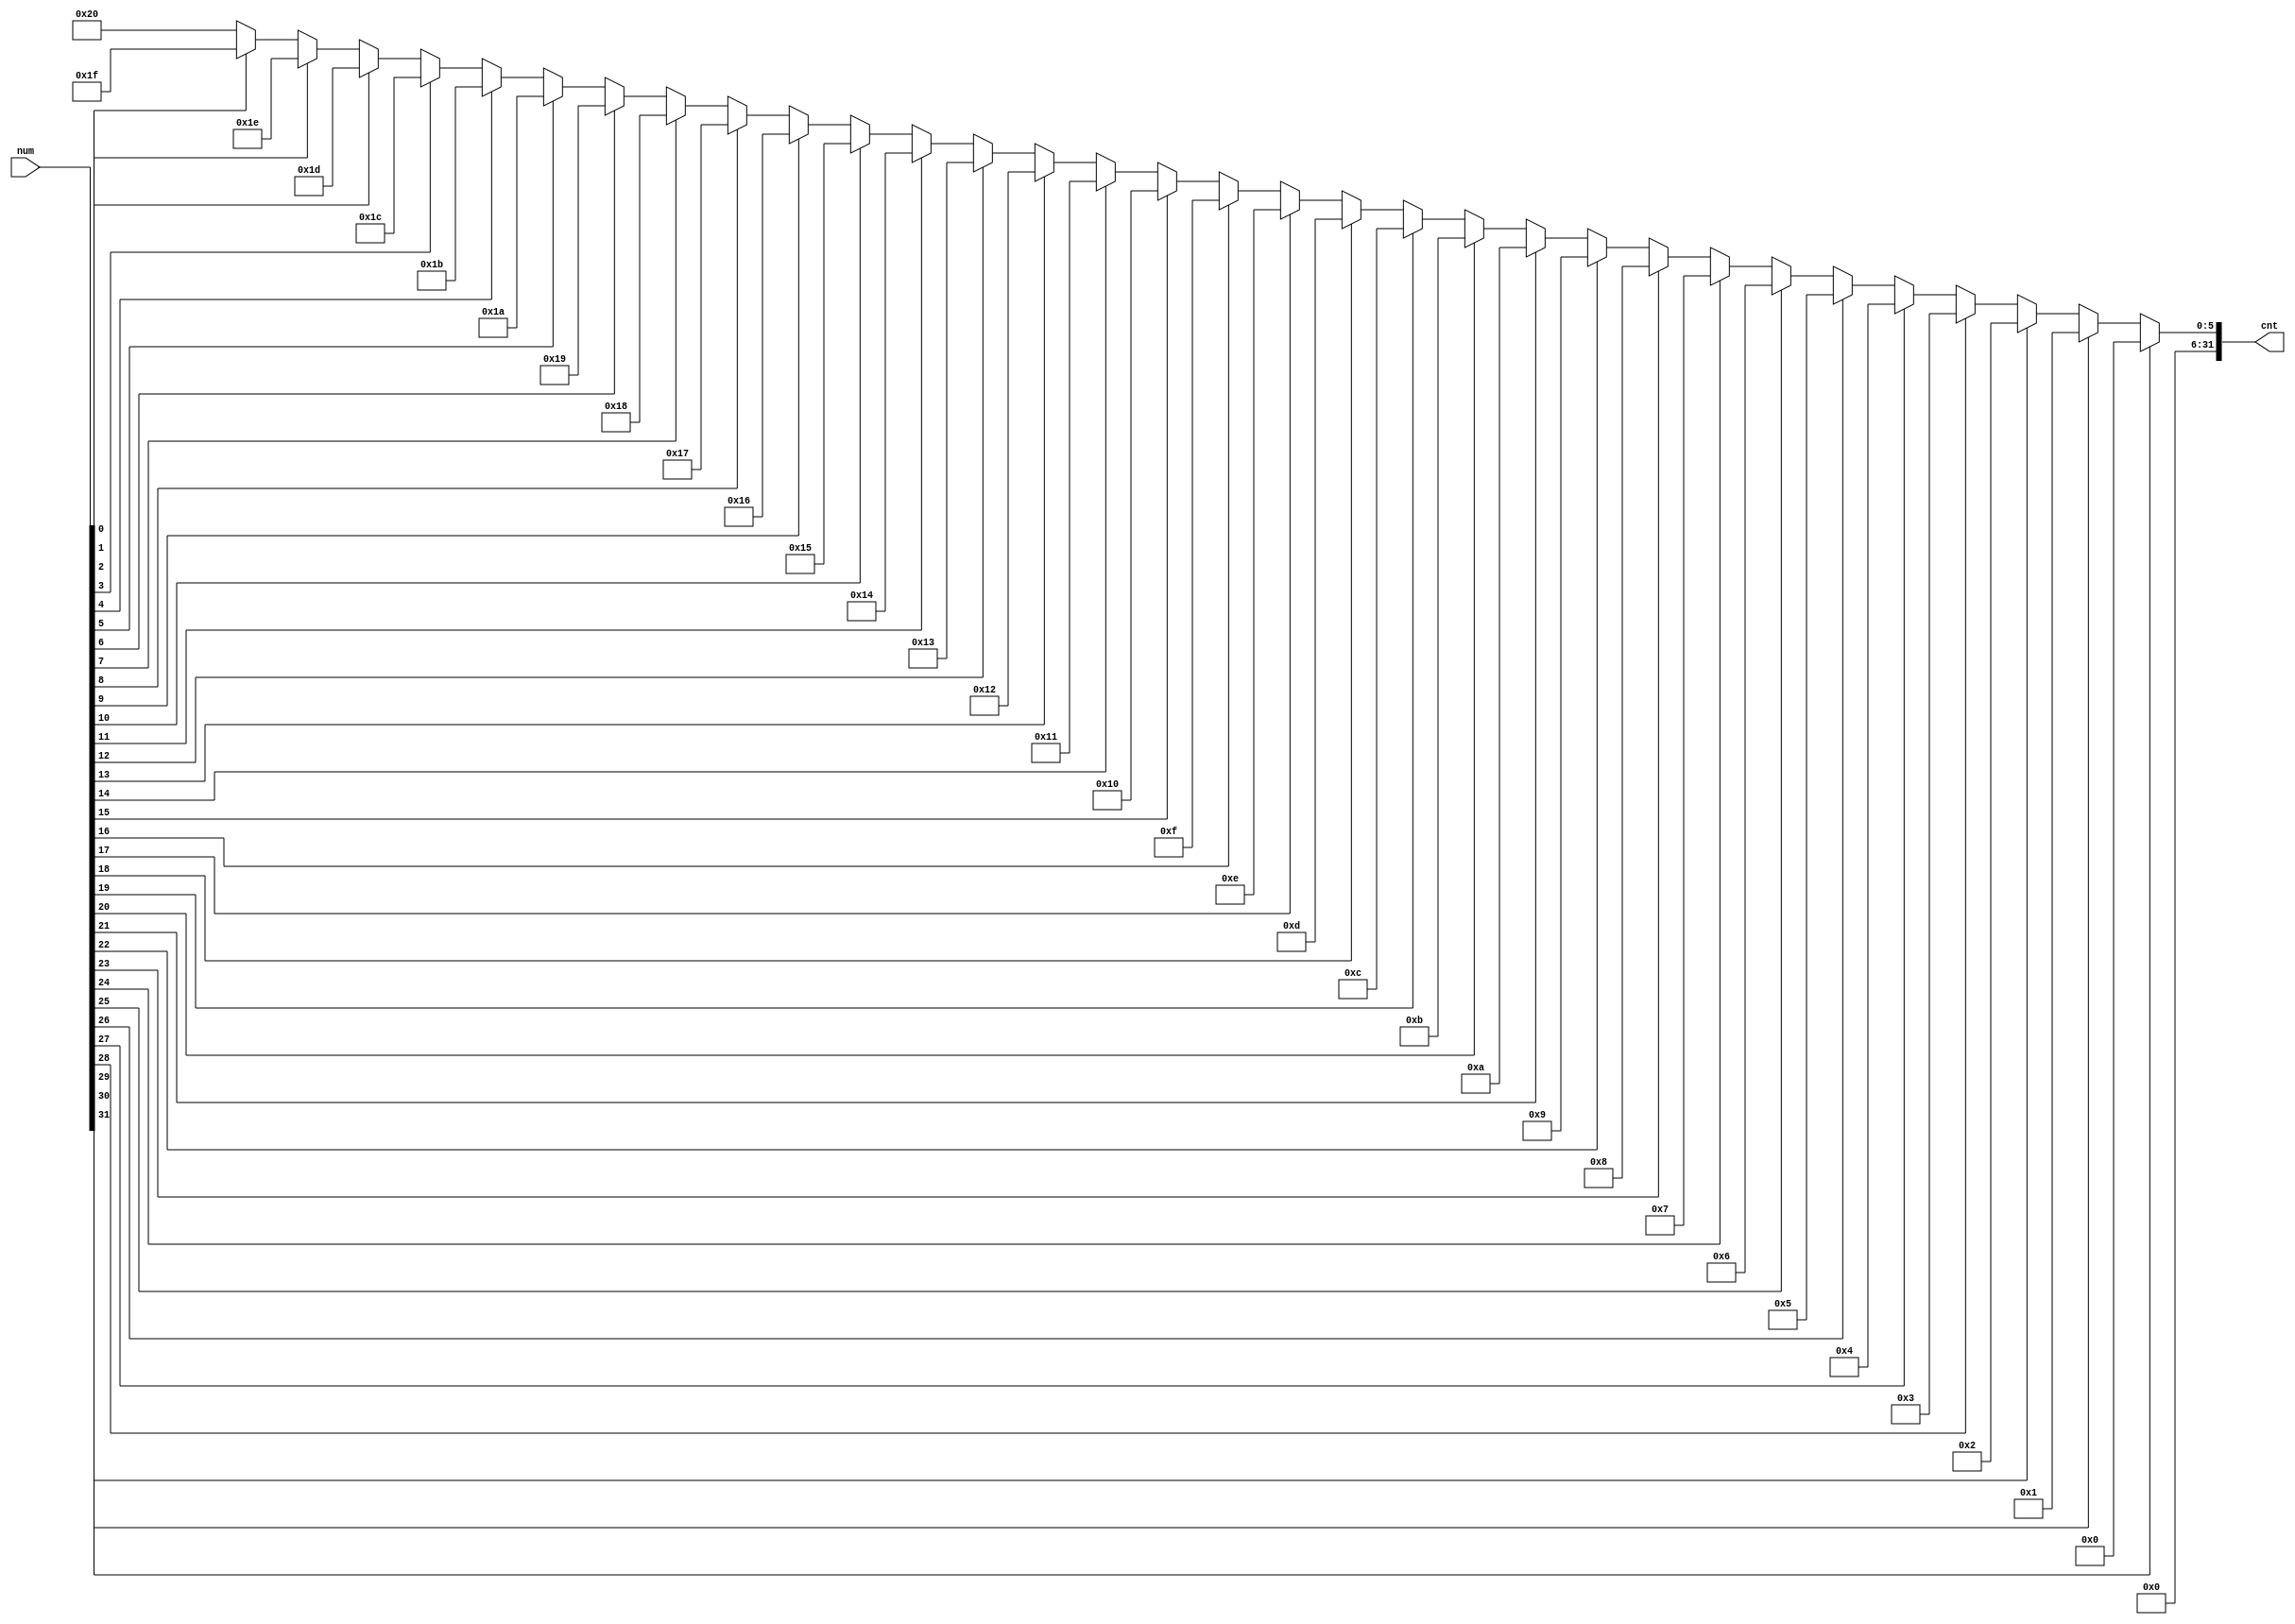
/*module CLZ(
    input [31:0] in,
    output [31:0] out
    );
    assign out = in[31]==1 ? 0:in[30]==1 ? 1:in[29]==1 ? 2:in[28]==1 ? 3:in[27]==1 ? 4:in[26]==1 ? 5:in[25]==1 ? 6:in[24]==1 ? 7:in[23]==1 ? 8:
                in[22]==1 ? 9:in[21]==1 ? 10:in[20]==1 ? 11:in[19]==1 ? 12:in[18]==1 ? 13:in[17]==1 ? 14:in[16]==1 ? 15:in[15]==1 ? 16:in[14]==1 ? 17:
                in[13]==1 ? 18:in[12]==1 ? 19:in[11]==1 ? 20:in[10]==1 ? 21:in[9]==1 ? 22:in[8]==1 ? 23:in[7]==1 ? 24:in[6]==1 ? 25:in[5]==1 ? 26:
                in[4]==1 ? 27:in[3]==1 ? 28:in[2]==1 ? 29:in[1]==1 ? 30:in[0]==1 ? 31:32;
        
endmodule*/
module CLZ(
    input [31:0]num,   
    output[31:0]cnt  
);
assign cnt=num[31]==1?0:num[30]==1?1:num[29]==1?2:num[28]==1?3:num[27]==1?4:num[26]==1?5:num[25]==1?6:num[24]==1?7:num[23]==1?8:num[22]==1?9:num[21]==1?10:num[20]==1?11:num[19]==1?12:num[18]==1?13:num[17]==1?14:num[16]==1?15:num[15]==1?16:num[14]==1?17:num[13]==1?18:num[12]==1?19:num[11]==1?20:num[10]==1?21:num[9]==1?22:num[8]==1?23:num[7]==1?24:num[6]==1?25:num[5]==1?26:num[4]==1?27:num[3]==1?28:num[2]==1?29:num[1]==1?30:num[0]==1?31:32;
endmodule